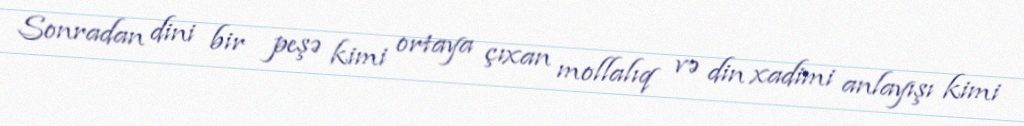
Sonradan dini bir peşə kimi ortaya çıxan mollalıq və din xadimi anlayışı kimi